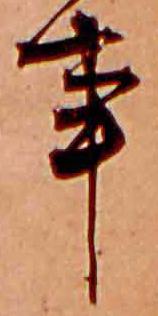
事